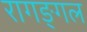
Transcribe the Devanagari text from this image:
रागङ्गल